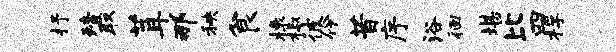
抒殪取茸那秧食榱椒彼伶昔序浴徊堪比四桴